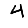
Digit: 4